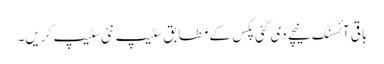
باقی آئسنگ نیچے دی گئی پکس کے مطابق سٹیپ نئی سٹیپ کریں۔